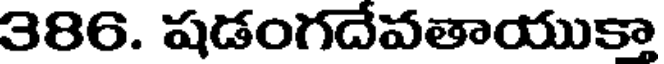
386. షడంగదేవతాయుకా